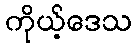
ကိုယ့်ဒေသ